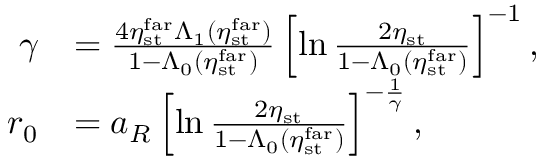
\begin{array} { r l } { \gamma } & { = \frac { 4 \eta _ { \mathrm { s t } } ^ { \mathrm { f a r } } \Lambda _ { 1 } ( \eta _ { \mathrm { s t } } ^ { \mathrm { f a r } } ) } { 1 - \Lambda _ { 0 } ( \eta _ { \mathrm { s t } } ^ { \mathrm { f a r } } ) } \left[ \ln \frac { 2 \eta _ { \mathrm { s t } } } { 1 - \Lambda _ { 0 } ( \eta _ { \mathrm { s t } } ^ { \mathrm { f a r } } ) } \right] ^ { - 1 } , } \\ { r _ { 0 } } & { = a _ { R } \left[ \ln \frac { 2 \eta _ { \mathrm { s t } } } { 1 - \Lambda _ { 0 } ( \eta _ { \mathrm { s t } } ^ { \mathrm { f a r } } ) } \right] ^ { - \frac { 1 } { \gamma } } , } \end{array}